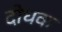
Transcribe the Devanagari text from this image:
दोधक